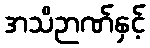
အသိဉာဏ်နှင့်